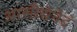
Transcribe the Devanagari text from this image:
आसीद्येनेदं